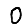
Digit: 0